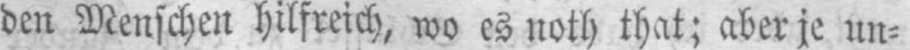
den Menschen hilfreich, wo es noth that; aber je un⸗